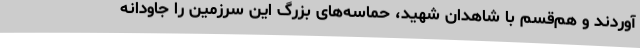
آوردند و هم‌قسم با شاهدان شهید، حماسه‌های بزرگ این سرزمین را جاودانه